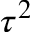
\tau ^ { 2 }